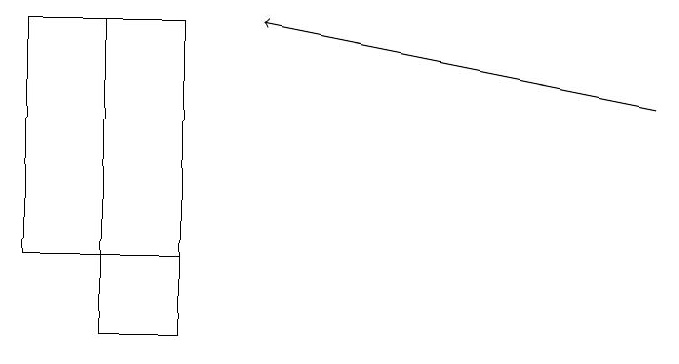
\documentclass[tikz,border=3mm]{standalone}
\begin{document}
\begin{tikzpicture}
\draw[->] (9,14) -- (4,15);
\draw (2,15) rectangle (3,11);
\draw (3,15) rectangle (1,12);
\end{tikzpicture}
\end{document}